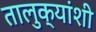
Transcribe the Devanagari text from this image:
तालुक्यांशी